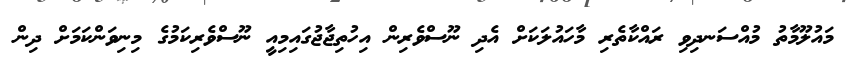
މައުލޫމާތު މުއްސަނދިވި ރައްކާތެރި މާހައުލަކަށް އެދި ނޫސްވެރިން އިހުތިޖާޖުގައިމިއީ ނޫސްވެރިކަމުގެ މިނިވަންކަމަށް ދިން